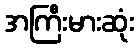
အကြီးမားဆုံး